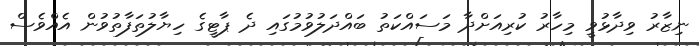
ނިޒާރު ވިދާޅުވީ މިހާރު ކުރިއަށްދާ މަސައްކަތު ބައްދަލުވުމުގައި ދެ ޕާޓީގެ ހިޔާލުތަފާތުވުން އެއްވެސް